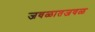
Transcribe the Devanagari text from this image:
जवळातजवळ